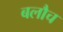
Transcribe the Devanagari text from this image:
बलौच